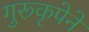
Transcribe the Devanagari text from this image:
गुरूकृपेने